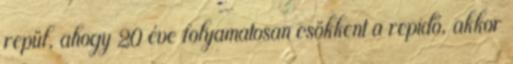
repül, ahogy 20 éve folyamatosan csökkent a repidő, akkor